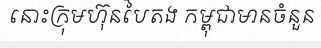
នោះក្រុមហ៊ុនបៃតង កម្ពុជាមានចំនួន